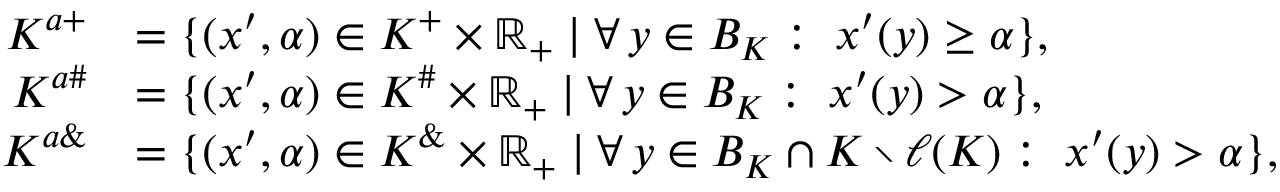
\begin{array} { r l } { K ^ { a + } } & { = \{ ( x ^ { \prime } , \alpha ) \in K ^ { + } \times \mathbb { R } _ { + } \mid \forall \, y \in B _ { K } : \; x ^ { \prime } ( y ) \geq \alpha \} , } \\ { K ^ { a \# } } & { = \{ ( x ^ { \prime } , \alpha ) \in K ^ { \# } \times \mathbb { R } _ { + } \mid \forall \, y \in B _ { K } : \; x ^ { \prime } ( y ) > \alpha \} , } \\ { K ^ { a \& } } & { = \{ ( x ^ { \prime } , \alpha ) \in K ^ { \& } \times \mathbb { R } _ { + } \mid \forall \, y \in B _ { K } \cap K \setminus \ell ( K ) : \; x ^ { \prime } ( y ) > \alpha \} , } \end{array}